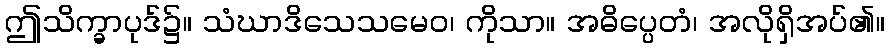
ဤသိက္ခာပုဒ်၌။ သံဃာဒိသေသမေဝ၊ ကိုသာ။ အဓိပ္ပေတံ၊ အလိုရှိအပ်၏။